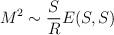
LaTeX: \begin{align*}M^2 \sim \frac{S}{R} E(S, S)\end{align*}